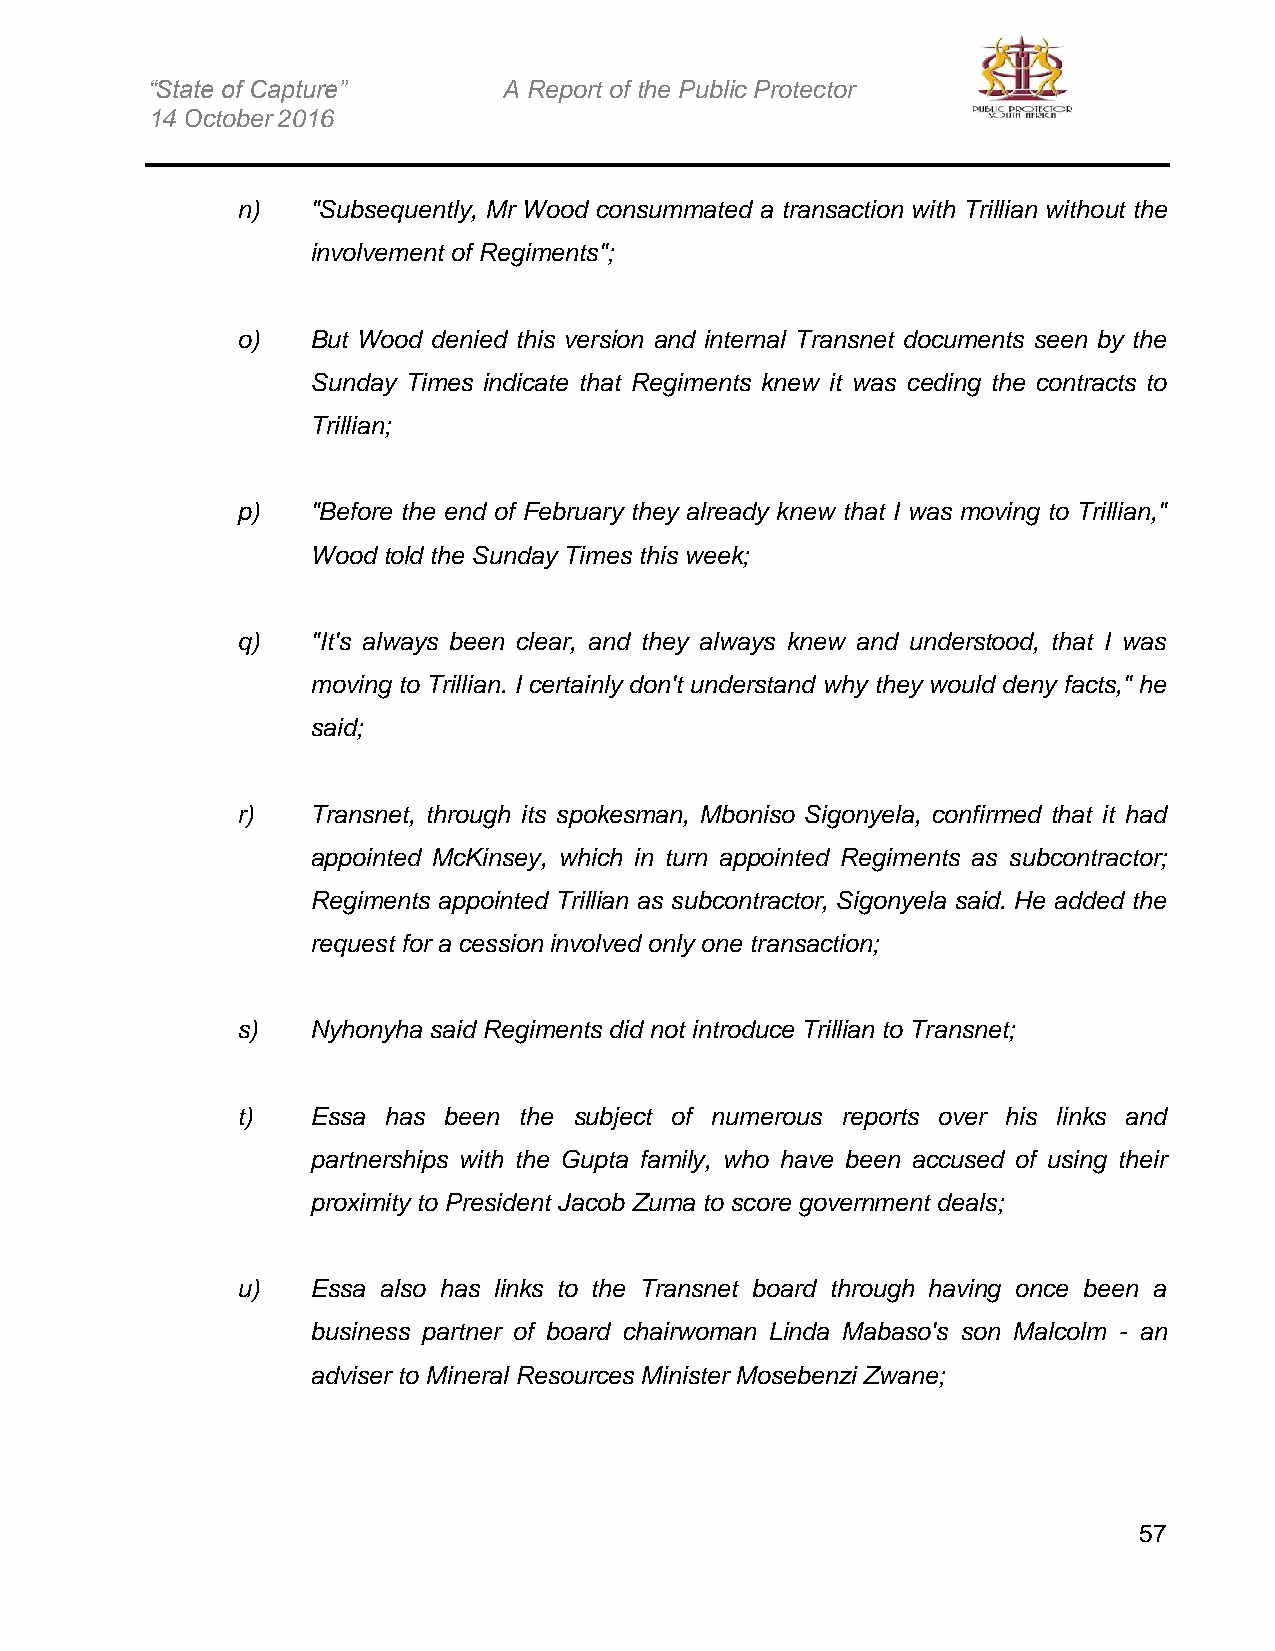
“State of Capture”     A Report of the Public Protector
 14 October 2016
 n)   "Subsequently, Mr Wood consummated a transaction with Trillian without the
 involvement of Regiments";
 o)   But Wood denied this version and internal Transnet documents seen by the
 Sunday Times indicate that Regiments knew it was ceding the contracts to
 Trillian;
 p)   "Before the end of February they already knew that I was moving to Trillian,"
 Wood told the Sunday Times this week;
 q)   "It's always been clear, and they always knew and understood, that I was
 moving to Trillian. I certainly don't understand why they would deny facts," he
 said;
 r)   Transnet, through its spokesman, Mboniso Sigonyela, confirmed that it had
 appointed McKinsey, which in turn appointed Regiments as subcontractor;
 Regiments appointed Trillian as subcontractor, Sigonyela said. He added the
 request for a cession involved only one transaction;
 s)   Nyhonyha said Regiments did not introduce Trillian to Transnet;
 t)   Essa has been the subject of numerous reports over his links and
 partnerships with the Gupta family, who have been accused of using their
 proximity to President Jacob Zuma to score government deals;
 u)   Essa also has links to the Transnet board through having once been a
 business partner of board chairwoman Linda Mabaso's son Malcolm - an
 adviser to Mineral Resources Minister Mosebenzi Zwane;
 57